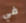
في